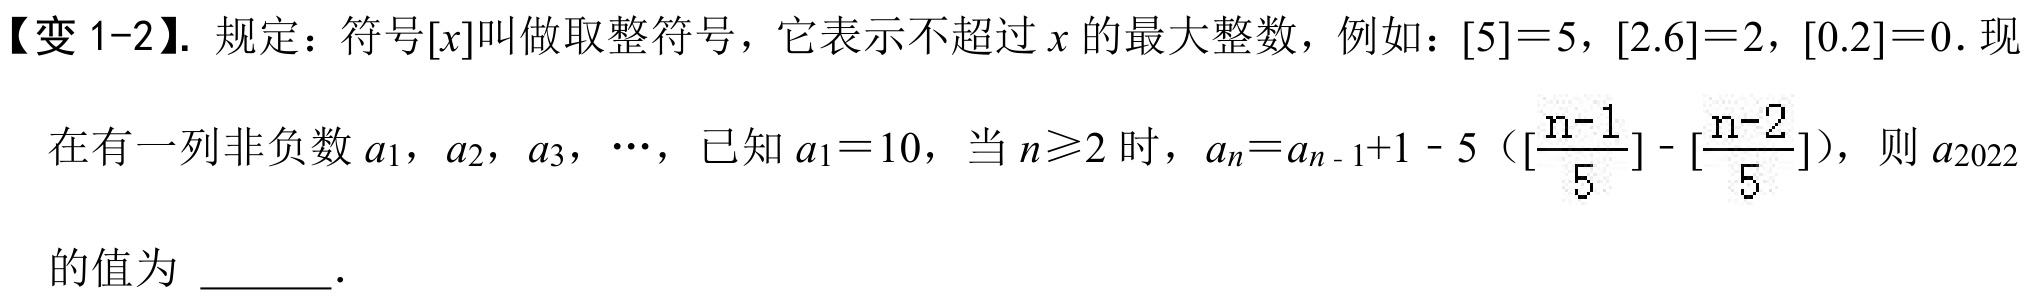
【变 1-2】. 规定：符号$[x]$叫做取整符号，它表示不超过$x$的最大整数，例如：$[5]=5$，$[2.6]=2$，$[0.2]=0$. 现在有一列非负数$a_{1}$，$a_{2}$，$a_{3}$，$\cdots$，已知$a_{1}=10$，当$n\geqslant2$时，$a_{n}=a_{n - 1}+1 - 5\left(\left[\dfrac{n - 1}{5}\right]-\left[\dfrac{n - 2}{5}\right]\right)$，则$a_{2022}$的值为  ．